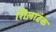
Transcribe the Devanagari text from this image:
शिलाटंक